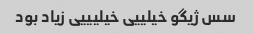
سس ژیگو خیلییی خیلیییی زیاد بود